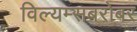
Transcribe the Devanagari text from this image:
विल्यम्सबरोबर